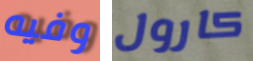
وفيه كارول